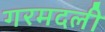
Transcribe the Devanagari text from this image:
गरमदली